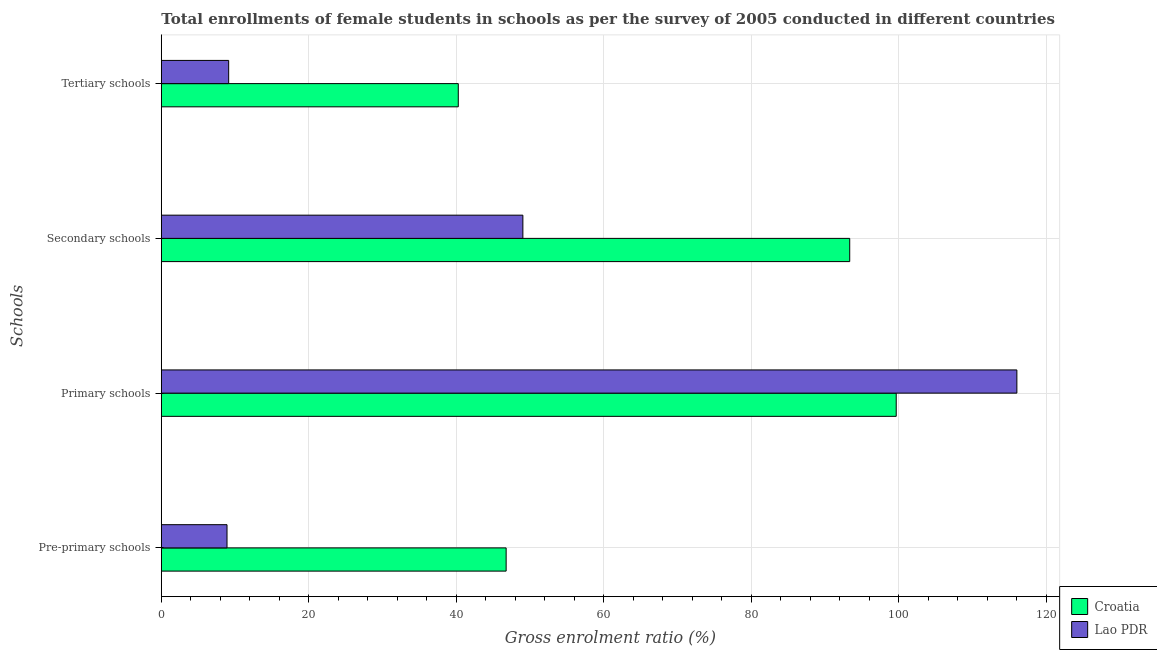
| Schools | Croatia | Lao PDR |
 | --- | --- | --- |
 | Pre-primary schools | 46.7 | 8.91 |
 | Primary schools | 99.6 | 116 |
 | Secondary schools | 93.3 | 49 |
 | Tertiary schools | 40.3 | 9.13 |